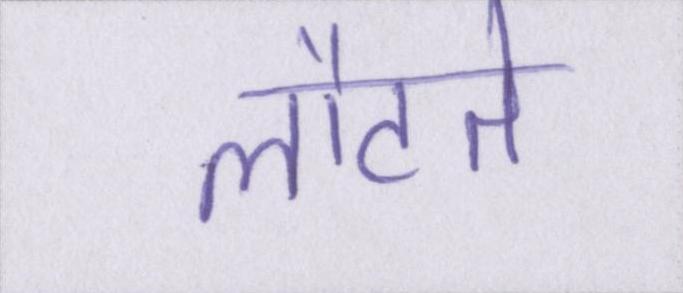
लौटते